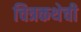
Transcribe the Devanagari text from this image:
चित्रकथेची